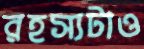
রহস্যটাও